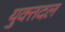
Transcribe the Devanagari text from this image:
युक्तदल